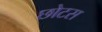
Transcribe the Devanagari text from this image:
छोटस